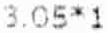
3.05*1